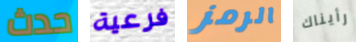
حدث فرعية الرمز رأيناك